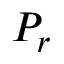
P _ { r }